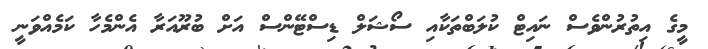
މީގެ އިތުރުންވެސް ނައިޓް ކުލަބްތަކާއި ސޯޝަލް ޑިސްޓޭންސް އަށް ބުރޫއަރާ އެންމެހާ ކަމެއްވަނީ